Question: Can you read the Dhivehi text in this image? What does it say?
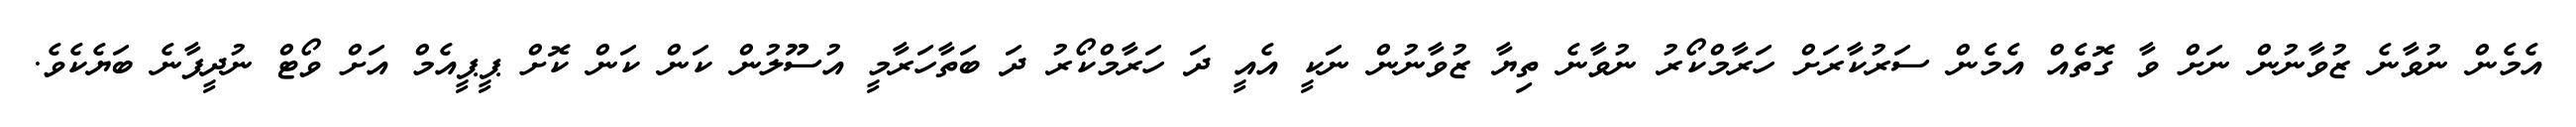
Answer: އެމެން ނުވާނެ ޒުވާނުން ނަށް ވާ ގޮތެއް އެމެން ސަރުކާރަށް ހަރާމްކޯރު ނުވާނެ ތިޔާ ޒުވާނުން ނަކީ އެއީ ދަ ހަރާމްކޯރު ދަ ބަތާހަރާމީ އުސޫލުން ކަން ކަން ކޮށް ޕީޕީއެމް އަށް ވޯޓް ނުދީފާނެ ބަޔެކެވެ.